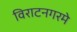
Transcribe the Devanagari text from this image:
विराटनगरमे